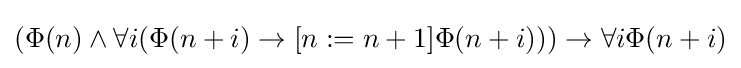
(\Phi (n)\land \forall i(\Phi (n+i)\to [n:=n+1]\Phi (n+i)))\to \forall i\Phi (n+i)\,\!